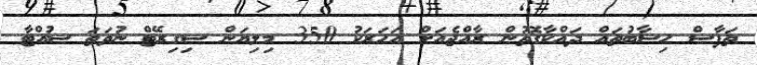
ތަފާސް ހިސާބުތައް ދައްކާގޮތުން ރާއްޖެއަށް އަހަރަކު 350 މިލިޔަން ސިގިރޭޓް ނުވަތަ ސުއްޓާ